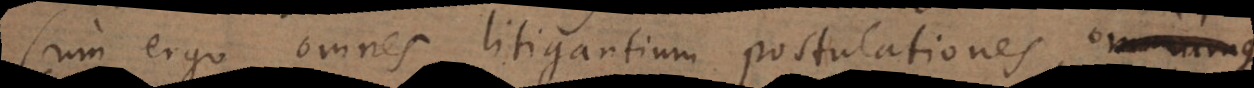
Cum ergo omnes litigantium postulationescom